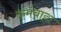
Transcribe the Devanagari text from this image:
कर्मबाह्य